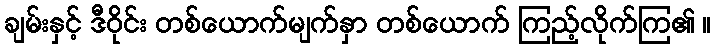
ချမ်းနှင့် ဒီဝိုင်း တစ်ယောက်မျက်နှာ တစ်ယောက် ကြည့်လိုက်ကြ၏ ။